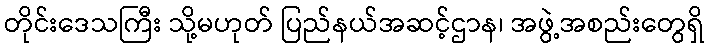
တိုင်းဒေသကြီး သို့မဟုတ် ပြည်နယ်အဆင့်ဌာန၊ အဖွဲ့အစည်းတွေရှိ